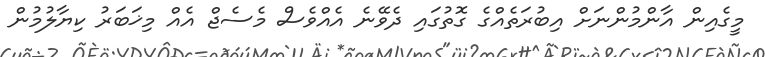
މީގެއިން އާންމުންނަށް އިބުރަތެއްގެ ގޮތުގައި ދެވޭނެ އެއްވެސް މެސެޖް އެއް މިޚަބަރު ކިޔާލުމުން